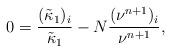
LaTeX: \begin{align*}0=\frac{(\tilde{\kappa}_1)_i}{\tilde{\kappa}_1}-N\frac{(\nu^{n+1})_i}{\nu^{n+1}},\end{align*}